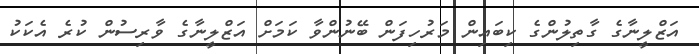
އަޒްލީނާގެ ގާތިލުންގެ ކިބައިން މަރުހިފަން ބޭނުންވާ ކަމަށް އަޒްލީނާގެ ވާރިސުން ކުރެ އެކަކު